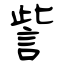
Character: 訾